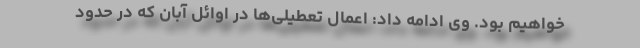
خواهیم بود. وی ادامه داد: اِعمال تعطیلی‌ها در اوائل آبان که در حدود